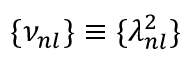
{ \{ \nu _ { n l } \} \equiv \{ \lambda _ { n l } ^ { 2 } \} }